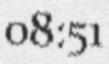
08:51